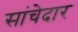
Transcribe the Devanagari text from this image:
सांचेदार